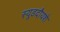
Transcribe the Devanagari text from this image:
स्यूडदौयशे